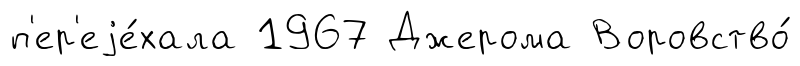
п'ер'еjе́хала 1967 Джерома Воровство́